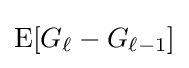
\operatorname {E} [G_{\ell }-G_{\ell -1}]